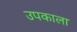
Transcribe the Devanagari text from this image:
उपकाला